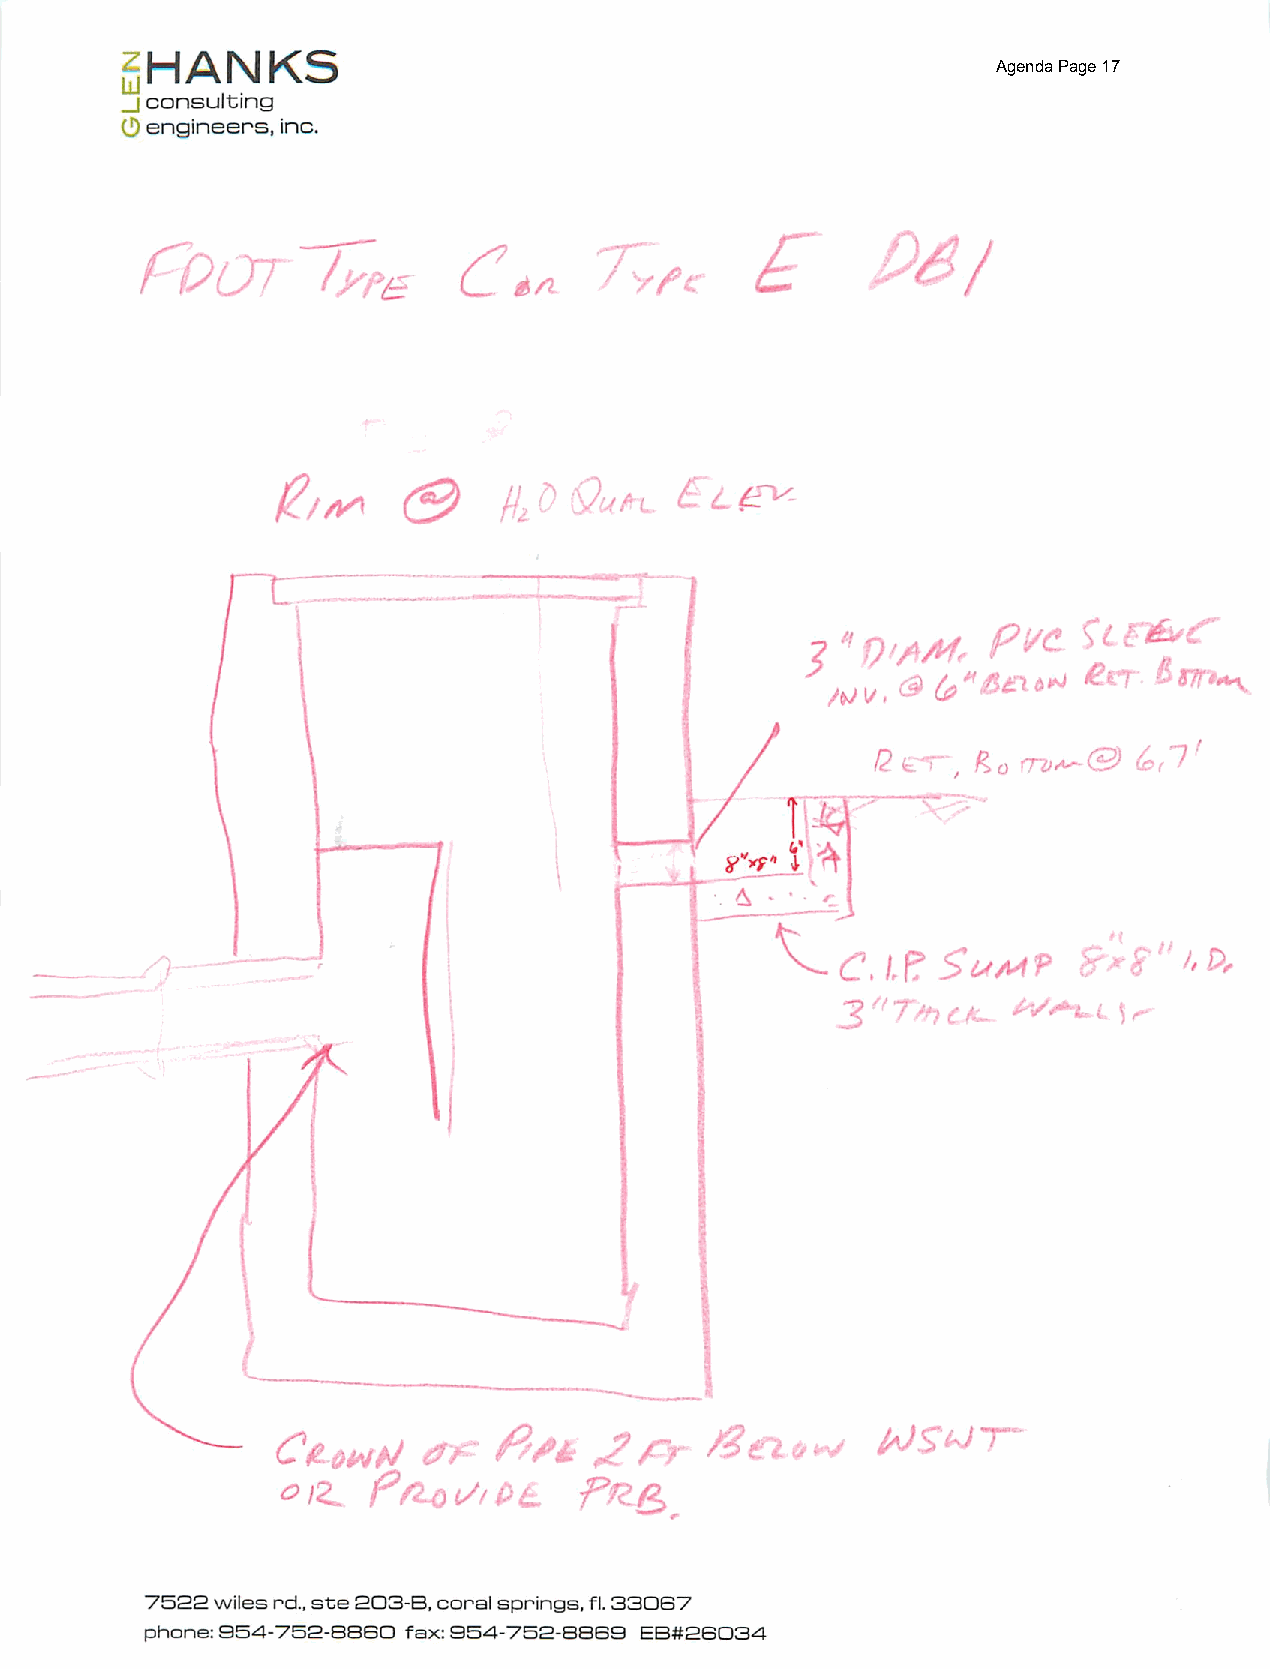
~HANKS
 Agenda Page 17
 _J consulting
 (.!) engineers, inc.
 f-oor&rE
 f' /, [),
 l_________
 !.
 C IL()/l'JN t:1 ~~
 I<.. p
 0       /2..() VI/)[;.
 7522 wiles rd., ste 203-B, coral springs, fl. 33067
 phone: 854-752-BBSO fax: 854-752-8B68 EB#26034